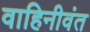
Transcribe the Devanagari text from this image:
वाहिनीवंत